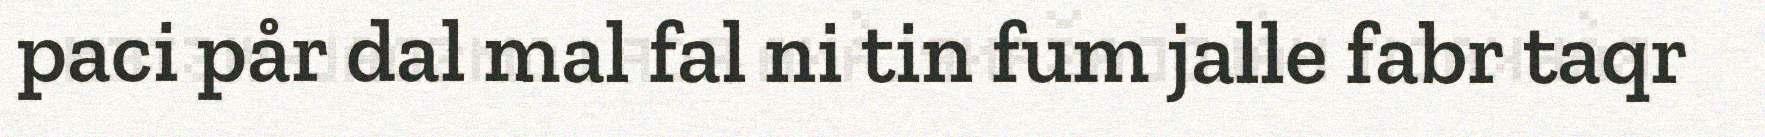
paci pår dal mal fal ni tin fum jalle fabr taqr